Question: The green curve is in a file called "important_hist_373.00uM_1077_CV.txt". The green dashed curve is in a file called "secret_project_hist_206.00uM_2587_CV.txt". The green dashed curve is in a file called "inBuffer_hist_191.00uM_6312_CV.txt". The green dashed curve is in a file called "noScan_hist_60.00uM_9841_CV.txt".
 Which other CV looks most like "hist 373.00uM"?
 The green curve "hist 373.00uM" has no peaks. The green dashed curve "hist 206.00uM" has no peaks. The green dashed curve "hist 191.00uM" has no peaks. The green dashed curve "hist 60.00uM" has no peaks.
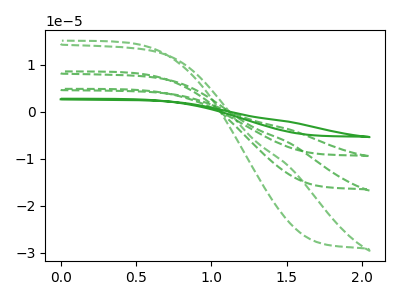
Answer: <think>Neither "hist 373.00uM" or "hist 206.00uM" have any peaks. Neither "hist 373.00uM" or "hist 191.00uM" have any peaks. Neither "hist 373.00uM" or "hist 60.00uM" have any peaks. Neither "hist 206.00uM" or "hist 191.00uM" have any peaks. Neither "hist 206.00uM" or "hist 60.00uM" have any peaks. Neither "hist 191.00uM" or "hist 60.00uM" have any peaks.
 </think>
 <answer>"hist 373.00uM", "hist 191.00uM" and "hist 60.00uM" have a similar shape to "hist 206.00uM".</answer>
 <eval>"hist 373.00uM" "hist 191.00uM" "hist 60.00uM"</eval>